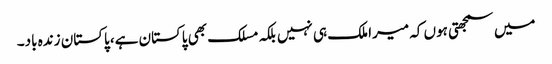
میں سمجھتی ہوں کہ میرا ملک ہی نہیں بلکہ مسلک بھی پاکستان ہے، پاکستان زندہ باد۔